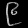
Digit: ၉